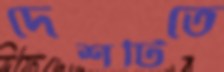
দেশটিতে